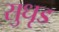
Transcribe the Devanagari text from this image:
सुधृड